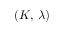
( K , \, \lambda )